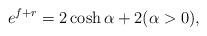
LaTeX: \begin{align*}e^{f+r} = 2\cosh \alpha +2 (\alpha >0),\end{align*}